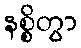
နစ္စိတွာ